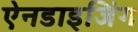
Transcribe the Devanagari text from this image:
ऐनडाइजिंग